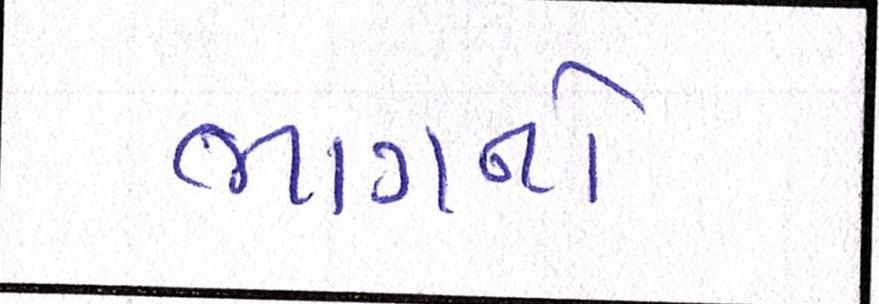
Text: ભાગનો